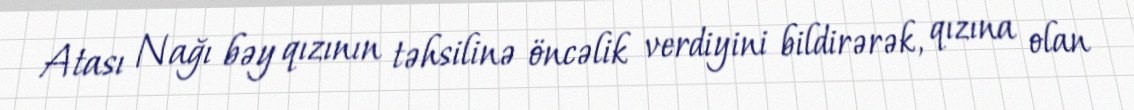
Atası Nağı bəy qızının təhsilinə öncəlik verdiyini bildirərək, qızına olan